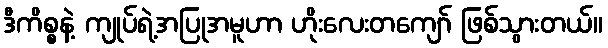
ဒီကိစ္စနဲ့ ကျုပ်ရဲ့အပြုအမူဟာ ဟိုးလေးတကျော် ဖြစ်သွားတယ်။